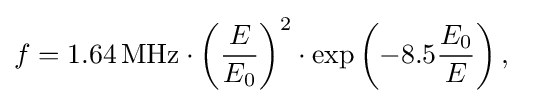
f=1.64\,\mathrm {MHz} \cdot \left({\frac {E}{E_{0}}}\right)^{2}\cdot \exp \left(-8.5{\frac {E_{0}}{E}}\right),\quad